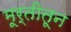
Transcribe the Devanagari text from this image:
मूर्तीतून